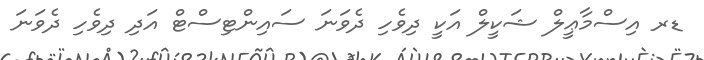
ޑރ އިސްމާޢީލް ޝަކީލް އަކީ ދިވެހި ދެވަނަ ސައިންޓިސްޓް އަދި ދިވެހި ދެވަނަ